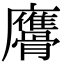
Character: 𩪠